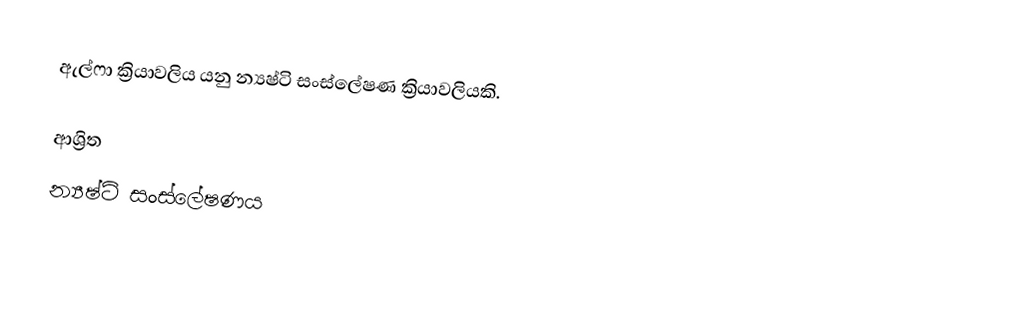
ඇල්ෆා ක්‍රියාවලිය යනු න්‍යෂ්ටි සංස්ලේෂණ ක්‍රියාවලියකි.

ආශ්‍රිත
 න්‍යෂ්ටි සංස්ලේෂණය